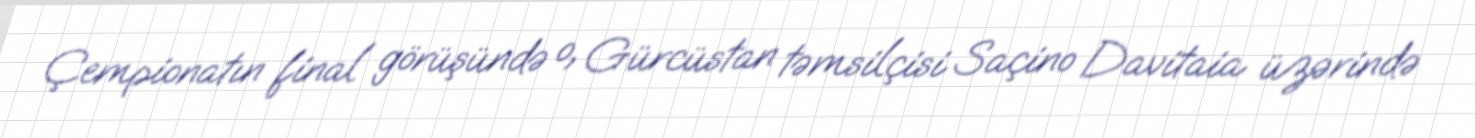
Çempionatın final görüşündə o, Gürcüstan təmsilçisi Saçino Davitaia üzərində